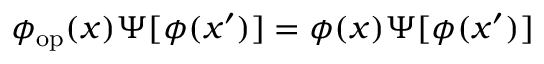
\phi _ { \mathrm { o p } } ( x ) \Psi [ \phi ( x ^ { \prime } ) ] = \phi ( x ) \Psi [ \phi ( x ^ { \prime } ) ]